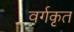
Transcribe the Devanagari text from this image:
वर्गकृत